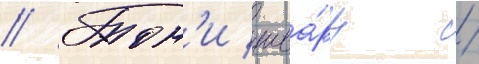
// Тон'и шва́рц /